Vaccination North-Western Provinces 1866-1877 - 1866-1877
Year: 1866
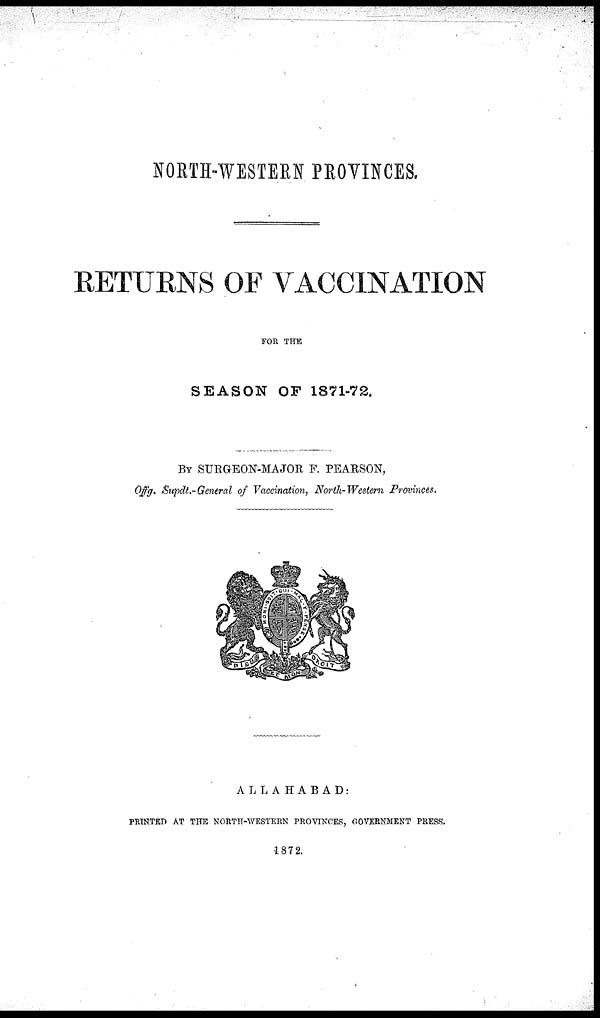
NORTH-WESTERN PROVINCES.
RETURNS OF VACCINATION
FOR THE
SEASON OF 1871-72.
BY SURGEON-MAJOR F. PEARSON,
Offg. Supdt.-General of Vaccination, North-Western Provinces.
ALLAHABAD:
PRINTED AT THE NORTH-WESTERN PROVINCES, GOVERNMENT PRESS.
1872.